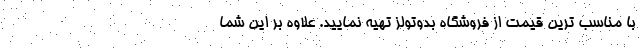
با مناسب ترین قیمت از فروشگاه بدوتولز تهیه نمایید. علاوه بر این شما